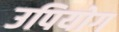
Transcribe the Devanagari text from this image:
उपियोग